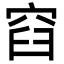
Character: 𮃼